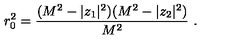
r _ { 0 } ^ { 2 } = \frac { ( M ^ { 2 } - | z _ { 1 } | ^ { 2 } ) ( M ^ { 2 } - | z _ { 2 } | ^ { 2 } ) } { M ^ { 2 } } \ .